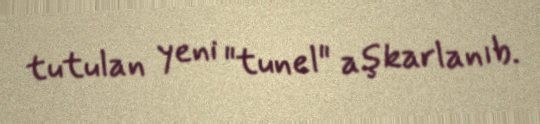
tutulan yeni "tunel" aşkarlanıb.